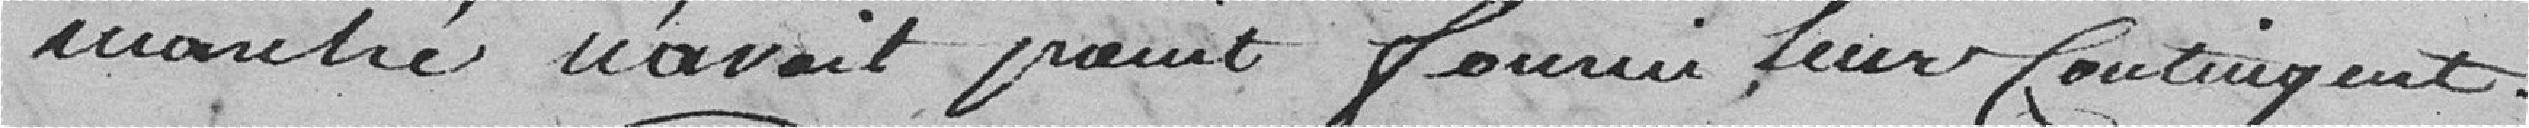
marché n'avait point fourni leur contingent.